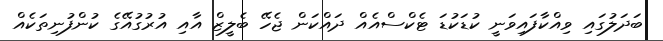
ބަދަލުގައި ވިއްކާފައިވަނީ ކުޑަކުޑަ ޓެކްސްއެއް ދައްކަން ޖެހޭ ބެލީޒް އާއި އުރުގުއޭގެ ކުންފުނިތަކެއް